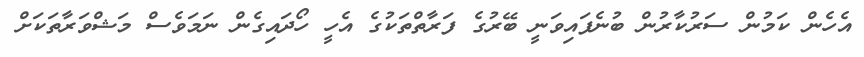
އެހެން ކަމުން ސަރުކާރުން ބުނެފައިވަނީ ބޭރުގެ ފަރާތްތަކުގެ އެހީ ހޯދައިގެން ނަމަވެސް މަޝްވަރާތަކަށް